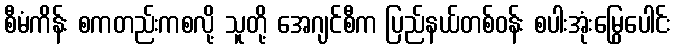
စီမံကိန်း စကတည်းကစလို့ သူတို့ အေဂျင်စီက ပြည်နယ်တစ်ဝန်း စပါးအုံးမြွေပေါင်း